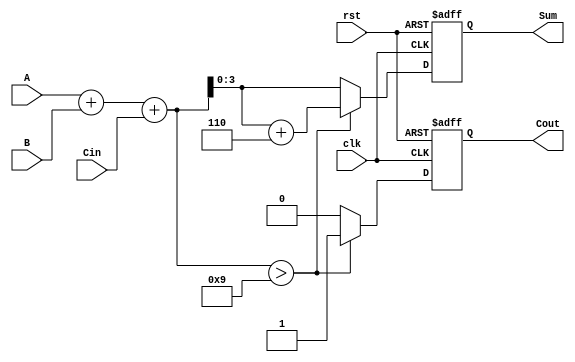
module BCD_Synchronous_Adder (
    input wire [3:0] A,      // First BCD digit
    input wire [3:0] B,      // Second BCD digit
    input wire Cin,          // Carry-in
    input wire clk,          // Clock signal
    input wire rst,          // Reset signal
    output reg [3:0] Sum,    // BCD sum output
    output reg Cout          // Carry-out
);

    reg [4:0] intermediate_sum; // 5-bit to hold the sum of A, B, and Cin

    always @(posedge clk or posedge rst) begin
        if (rst) begin
            Sum <= 4'b0000; // Reset Sum to 0
            Cout <= 1'b0;   // Reset Cout to 0
        end else begin
            // Step 1: Perform binary addition
            intermediate_sum = A + B + Cin;

            // Step 2: Check for BCD correction
            if (intermediate_sum > 5'd9) begin
                // If the sum exceeds 9, add 6 (0110 in binary)
                Sum <= intermediate_sum + 5'd6;
                Cout <= 1'b1; // Set carry-out
            end else begin
                Sum <= intermediate_sum[3:0]; // Valid BCD result
                Cout <= 1'b0; // No carry-out
            end
        end
    end

endmodule